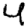
Digit: 4